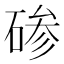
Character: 碜